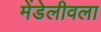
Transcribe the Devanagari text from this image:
मेंडेलीवला